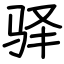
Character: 驿